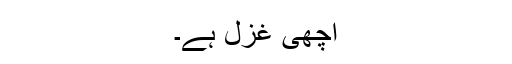
اچھی غزل ہے۔